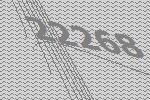
22268